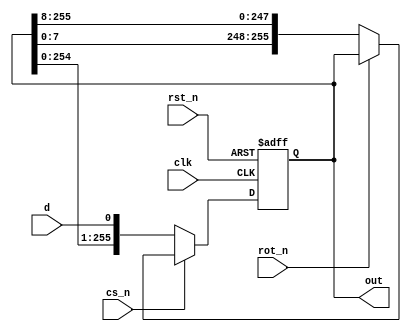
module s_p_shift_reg #(parameter LENGTH=256, parameter ROT_LEN = 8) (input d,
                                          input clk,
                                          input rst_n,
                                          input cs_n,
                                          input rot_n,
                                          output reg [LENGTH-1:0] out);
                                                      
  always @(posedge clk or negedge rst_n)
    begin
      if(!rst_n)
        out <= {LENGTH{1'b0}};
      else if (!cs_n)
        out <= {out[LENGTH-2:0], d};
      else if (!rot_n)
        out <= {out[ROT_LEN -1:0], out[LENGTH -1:ROT_LEN]};
      else 
        out <= out;
    end
  
endmodule

module lut #(parameter IN_WIDTH=4, parameter OUT_WIDTH=4) (input [IN_WIDTH-1:0] sel,
                                                           input [2**(IN_WIDTH)*OUT_WIDTH-1:0] in,
                                                           output [OUT_WIDTH-1:0] out);
 
 
  
  wire [OUT_WIDTH-1:0] chunked_in [2**IN_WIDTH-1:0];
  
  genvar i;
  
  generate
    for (i = 0; i < 2**IN_WIDTH; i = i+1) begin
      assign chunked_in[i] = in[(i+1) * OUT_WIDTH - 1 -: OUT_WIDTH];
    end
  endgenerate	     
  
  assign out = chunked_in[sel];
  
endmodule

module serial_load_lut #(parameter IN_WIDTH=4, parameter OUT_WIDTH=4) (
  input d, input clk, input rst_n, input cs_n, input rot_n, input [IN_WIDTH-1:0] sel, output [OUT_WIDTH-1:0] out);
  
  wire [2**(IN_WIDTH)*OUT_WIDTH-1:0] parallel_table;
  
  s_p_shift_reg #(2**(IN_WIDTH)*OUT_WIDTH, OUT_WIDTH) p_s_shift_reg(.d(d),.clk(clk),.rst_n(rst_n),.cs_n(cs_n),
                                                                  .rot_n(rot_n), .out(parallel_table));
  
  lut #(IN_WIDTH, OUT_WIDTH) lut(.sel(sel), .in(parallel_table), .out(out));
  
  
endmodule

module user_module_bc4d7220e4fdbf20a574d56ea112a8e1(
  input [7:0] io_in,
  output [7:0] io_out
);

  
  // Out of I/O to RST -- we can always clock zeros through the shift register instead
  wire rst_n;
  assign rst_n = 1;
  
  serial_load_lut #(4, 3) lut(.d(io_in[0]), .clk(io_in[1]), .cs_n(io_in[2]), .rst_n(rst_n),
                              .rot_n(io_in[7]), .sel(io_in[6:3]), .out(io_out[2:0]));
  
  
  assign io_out[7:3] = 0;
  
endmodule